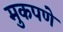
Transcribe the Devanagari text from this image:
मुकपणे